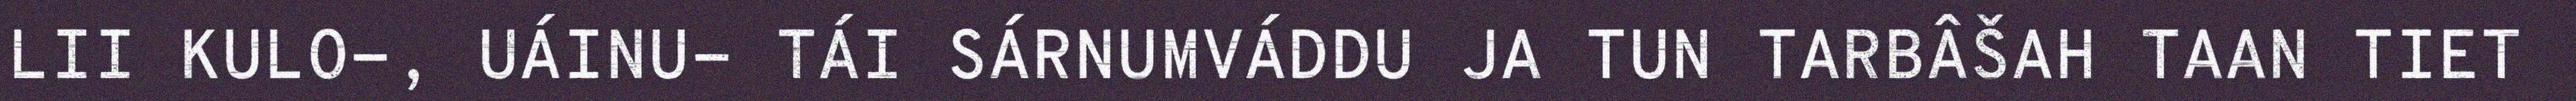
LII KULO-, UÁINU- TÁI SÁRNUMVÁDDU JA TUN TARBÂŠAH TAAN TIET